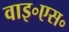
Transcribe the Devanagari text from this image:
वाइ॰एस॰